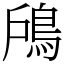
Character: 𩿇